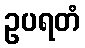
ဥပရတံ